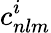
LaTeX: c_{nlm}^{i}